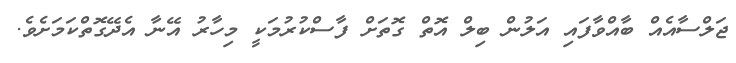
ޖަލްސާއެއް ބާއްވާފައި އަލުން ބިލް އޮތް ގޮތަށް ފާސްކުރުމަކީ މިހާރު އޭނާ އެދޭގޮތްކަމަށެވެ.